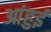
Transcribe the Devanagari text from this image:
आंहुई